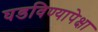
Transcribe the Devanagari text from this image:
घडविण्यापेक्षा